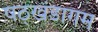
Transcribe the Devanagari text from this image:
षठ्खंडागम